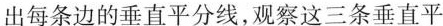
出每条边的垂直平分线，观察这三条垂直平